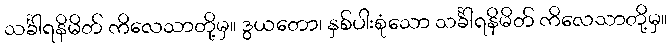
သင်္ခါရနိမိတ် ကိလေသာတို့မှ။ ဒွယတော၊ နှစ်ပါးစုံသော သင်္ခါရနိမိတ် ကိလေသာတို့မှ။